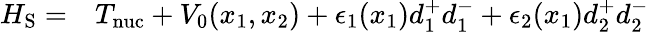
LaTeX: \begin{array}{rl}{H_{\mathrm{S}}=}&{{}T_{\mathrm{nuc}}+V_{0}(x_{1},x_{2})+\epsilon_{1}(x_{1})d_{1}^{+}d_{1}^{-}+\epsilon_{2}(x_{1})d_{2}^{+}d_{2}^{-}}\end{array}